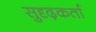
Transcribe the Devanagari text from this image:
सुदृढ़कर्ता